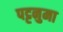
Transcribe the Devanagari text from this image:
पट्टनुमा